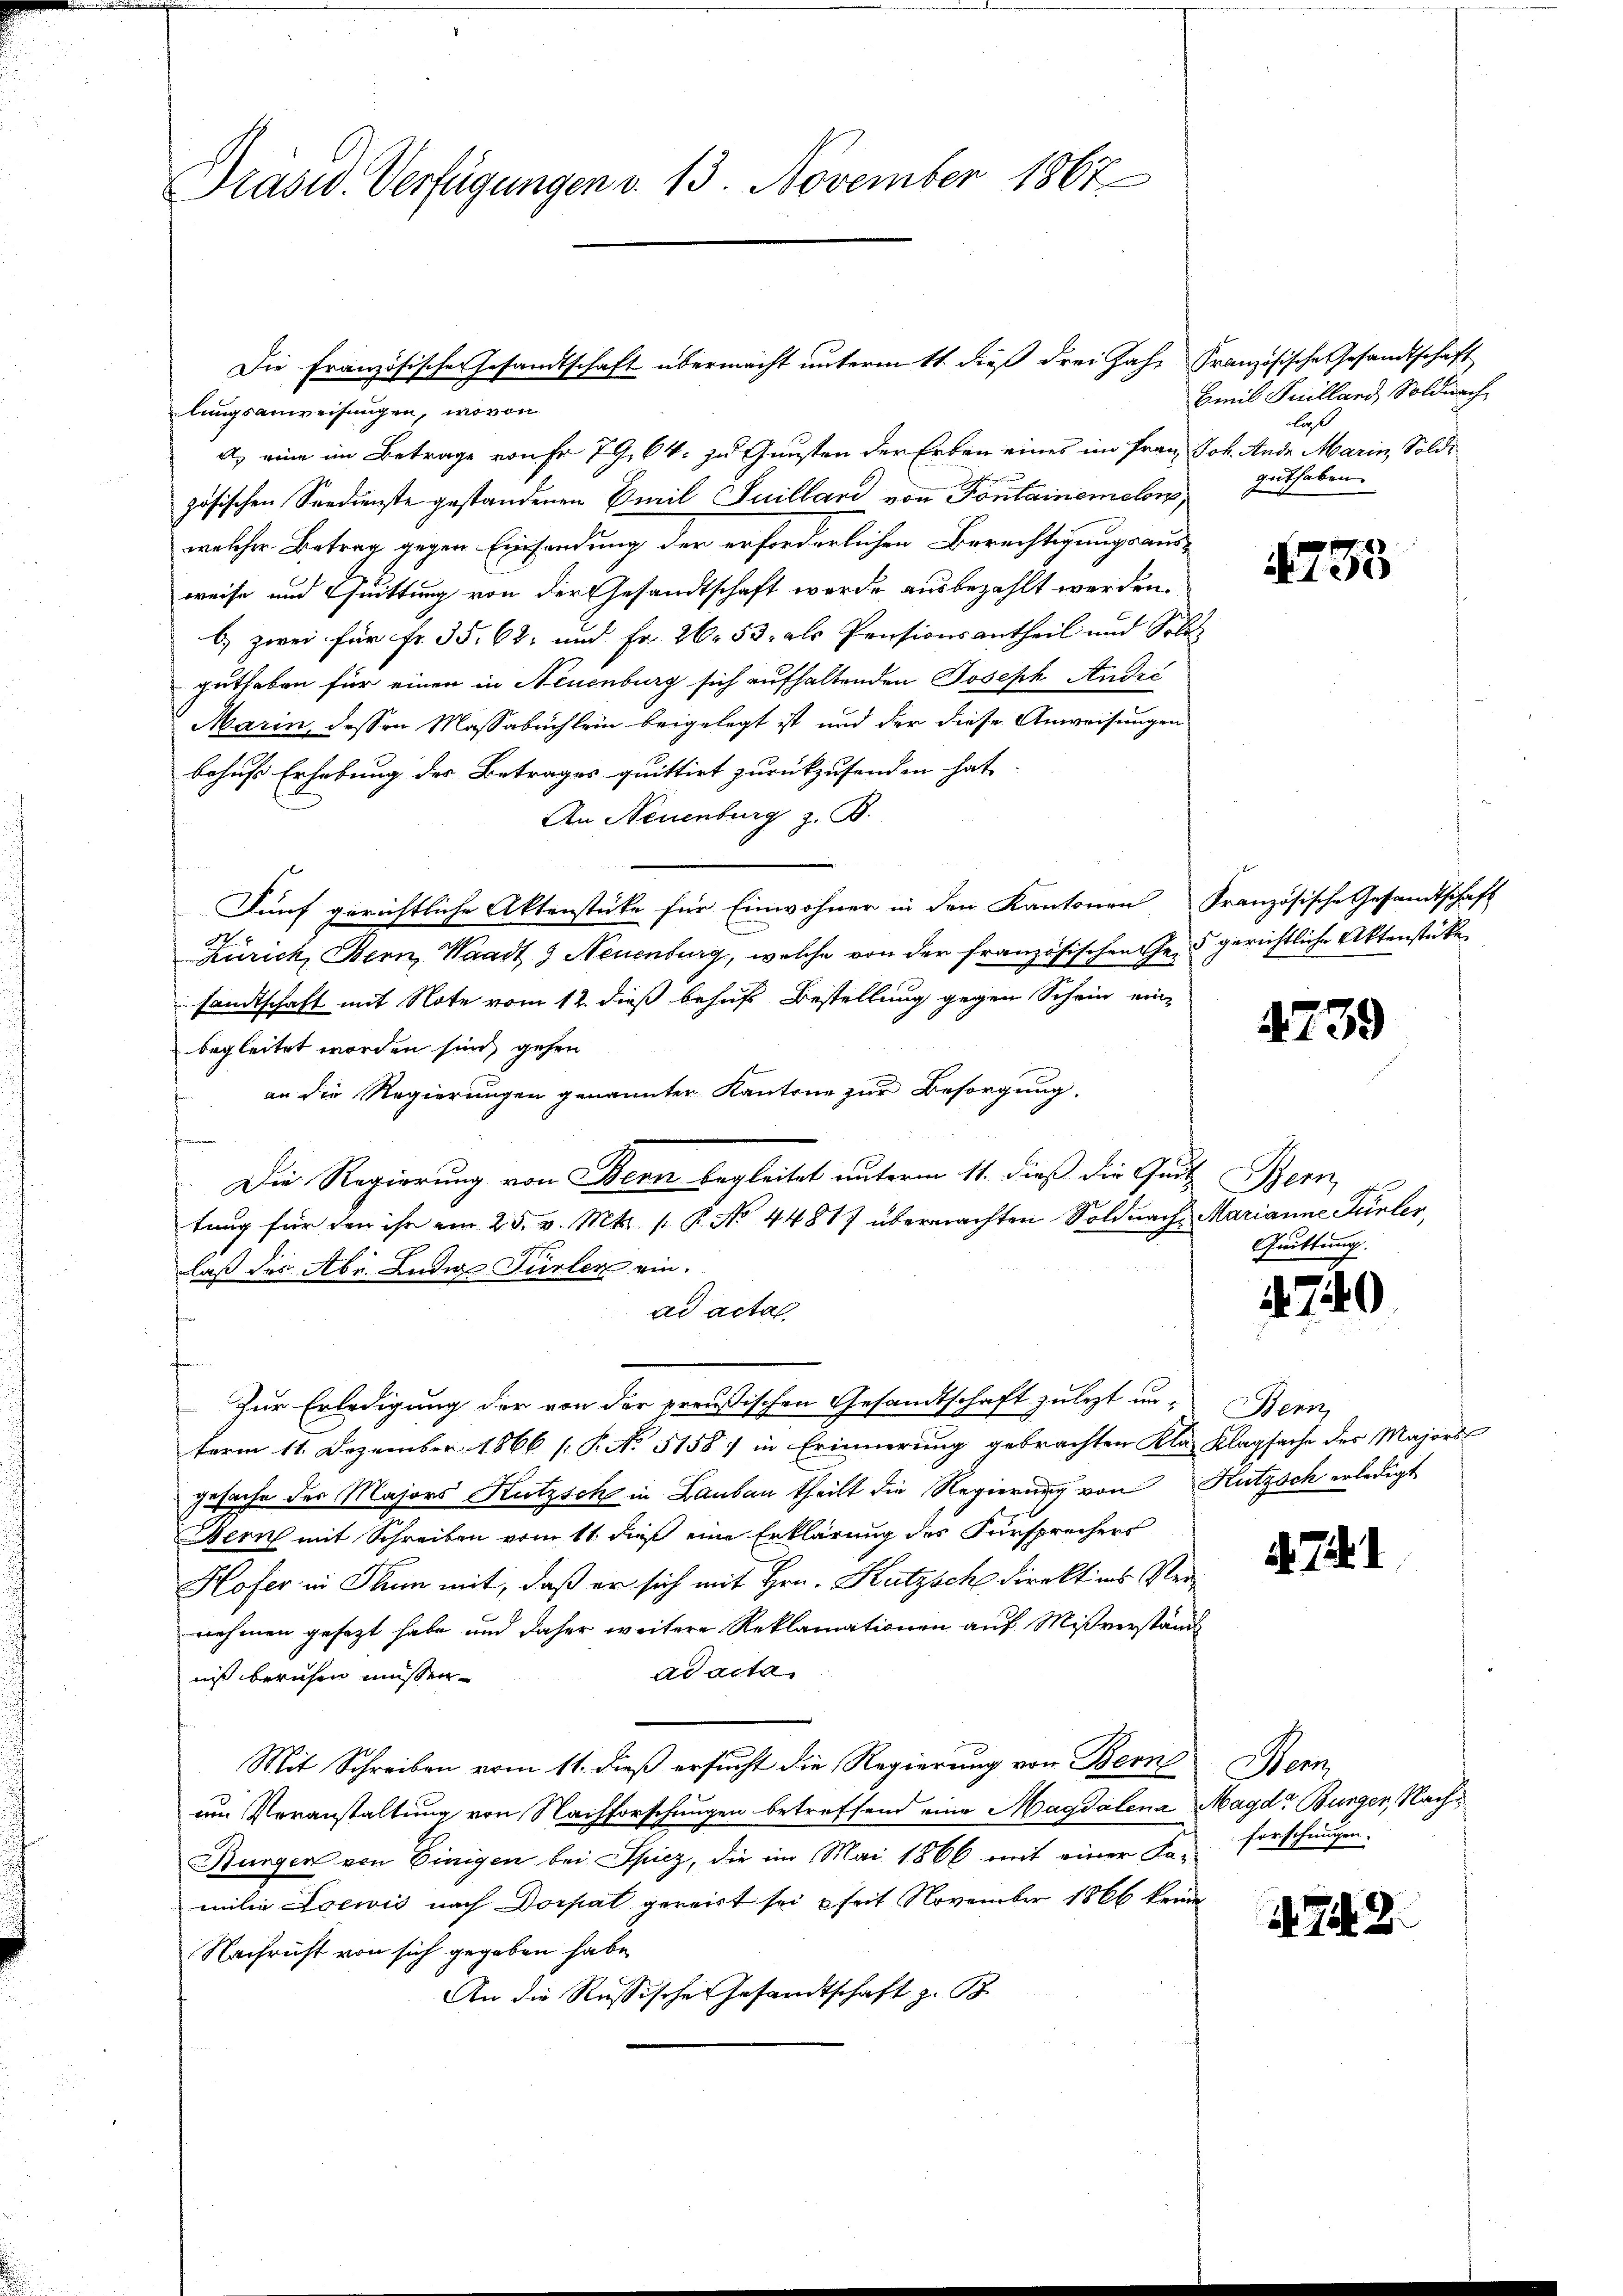
lungsanweisungen, wovon
a) eine im Betrage von Fr. 79. 64. zu Gunsten der Erben eines im Frau Joh. Ande Marin, Soldzösischen Serdienste gestandenen Emil Juilland von Fontainemalons,
welcher Betrag gegen Einsendung der erforderlichen Berechtigungsaus-
weise und Quittung von der Gesandtschaft werde ausbezahlt werden.
b) zwei für Fr. 35. 62; und Fr. 26. 53, als Pensionsantheil und Solo-
guthaben für einen in Neuenburg sich aufhaltenden Joseph André
Marin, dessen Massabuchlein beigelegt ist und der diese Anweisungen
behufs Erhebung des Betrages quittirt zurückzusenden hat,
An Neuenburg z. B.
Fünf gerichtliche Aktenstüke für Einwohner in den Kantonen Französische Gesandtschaft
Zürich, Bern, Waadt & Neuenburg, welche von der französischen Ge- gerichtliche Aktenstücke
sandtschaft mit Note vom 12. dieß behufs Bestellung gegen Schein einbegleitet worden sind, gehen
an die Regierungen genannter Kantone zur Besorgung.
Die Regierung von Bern begleitet unterm 11. dieß die Gaut Bern,
tung für den ihr am 25. v. Mts. s. R. No 44817 übermachten Soldnach Marianne Türler,
laß des Abr. Ludia Fürler ein.
ad acta
Zur Erledigung der von der preußischen Gesandtschaft zuletzt un-Bern,
term 11. Dezember 1866 [P No 5158) in Erinnerung gebrachten Kla- Klagsache des Majors
gesache der Majors Hutzsch in Laubau theilt die Regierung von Hutzsch erledigt
Bern mit Schreiben vom 11. dis eine Erklärung des Fürsprechers
Hofer in Thurm mit, daß er sich mit Hrn. Kutzsche direkt ins Vernehmen gesezt habe und daher weitere Reklamationen auf Mißverständ
ad acta
nis beruhen müssen.
Mit Schreiben vom 11. dieß ersucht die Regierung von Bern
um Veranstaltung von Nachforschungen betreffend eine Magdalena Magd Bungen, Nach¬
Bungen von Einigen bei Spiez, die im Mai 1866 mit einer Fa-forschungen.
milie Loewis nach Dorpat gereit sei seit November 1866 keine
Nachricht von sich gegeben habe.
An die Russische Gesandtschaft z. B.

Präsid. Verfügungen v. 13. November 1867

Die Französischen Gesandtschaft übermacht unterm 11. dieß drei Jahr Französische Gesandtschaft

Emil Juilland, Soldnach
laß
guthaben.

1735

4739

Quittung.

.740

471

Herz

d. 7. 2.